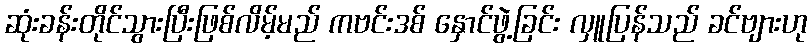
ဆုံးခန်းတိုင်သွားပြီးဖြစ်လိမ့်မည် ကဗင်းဒစ် နှောင်ဖွဲ့ခြင်း လှူပြန်သည် ခင်ဗျားဟု